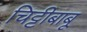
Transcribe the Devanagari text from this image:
चिट्टीबाबू